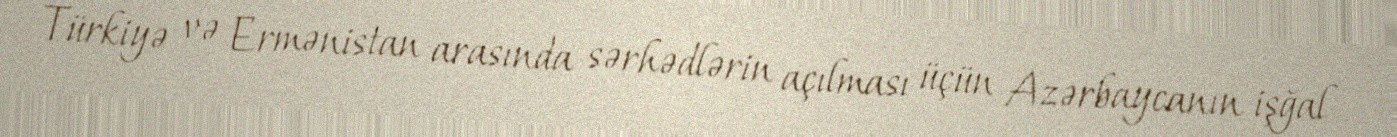
Türkiyə və Ermənistan arasında sərhədlərin açılması üçün Azərbaycanın işğal